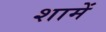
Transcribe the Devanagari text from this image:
शामें